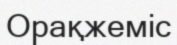
Орақжеміс